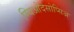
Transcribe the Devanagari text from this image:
म्यिओदेसोप्सिअ